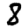
Digit: 8